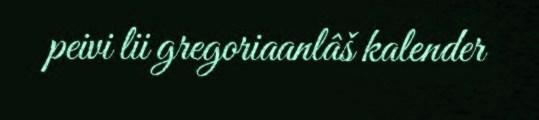
peivi lii gregoriaanlâš kalender